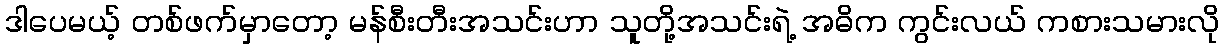
ဒါပေမယ့် တစ်ဖက်မှာတော့ မန်စီးတီးအသင်းဟာ သူတို့အသင်းရဲ့ အဓိက ကွင်းလယ် ကစားသမားလို